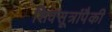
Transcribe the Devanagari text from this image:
शिवसूत्रांपैकी